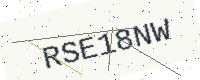
Text: RSE18NW